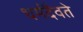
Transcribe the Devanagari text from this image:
धर्मदैवते